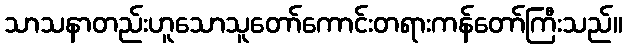
သာသနာတည်းဟူသောသူတော်ကောင်းတရားကန်တော်ကြီးသည်။